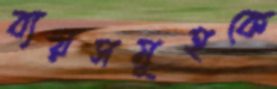
ব্যয়সমূহকে